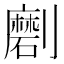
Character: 𱐦